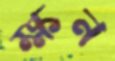
ক্ষন